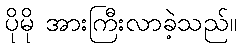
ပိုမို အားကြီးလာခဲ့သည်။